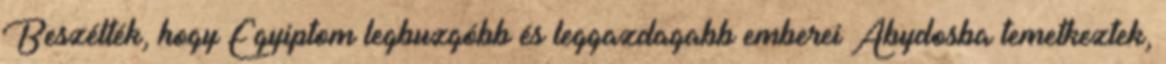
Beszélték, hogy Egyiptom legbuzgóbb és leggazdagabb emberei Abydosba temetkeztek,